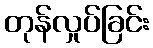
တုန်လှုပ်ခြင်း